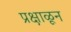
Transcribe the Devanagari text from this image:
प्रक्षाळून